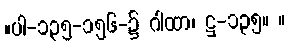
။ပါ-၁၃၅-၁၅၆-၌ ဂါထာ၊ ဋ္ဌ-၁၃၅။ ။